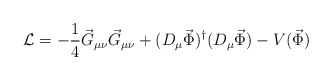
\begin{align*}{\cal L} = -\frac{1}{4}\vec G_{\mu\nu}\vec G_{\mu\nu} +(D_\mu\vec \Phi)^\dagger(D_\mu\vec\Phi) - V(\vec \Phi)\end{align*}